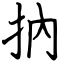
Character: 抐